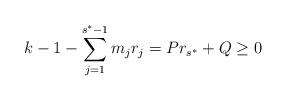
LaTeX: \begin{align*} k - 1 - \sum_{j=1}^{s^*-1} m_j r_j = P r_{s^*} + Q \geq 0 \end{align*}